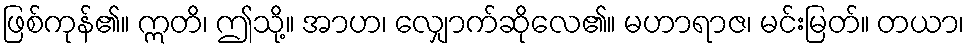
ဖြစ်ကုန်၏။ ဣတိ၊ ဤသို့။ အာဟ၊ လျှောက်ဆိုလေ၏။ မဟာရာဇ၊ မင်းမြတ်။ တယာ၊